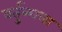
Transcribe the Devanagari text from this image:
वर्तुळाला